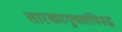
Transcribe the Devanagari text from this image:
तारकागुच्छांविरुद्ध